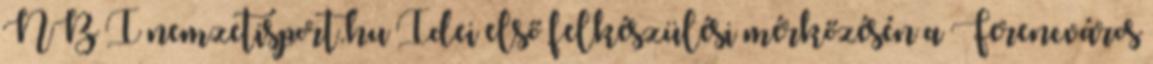
NB I nemzetisport.hu Idei első felkészülési mérkőzésén a Ferencváros